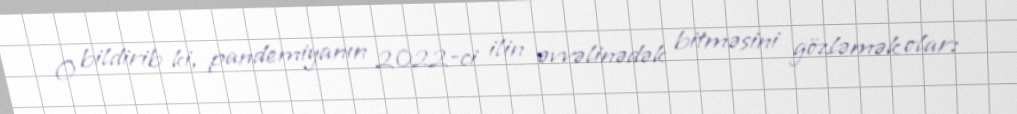
O bildirib ki, pandemiyanın 2022-ci ilin əvvəlinədək bitməsini gözləmək olar: